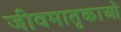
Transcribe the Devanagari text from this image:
जीवमातृकाओं